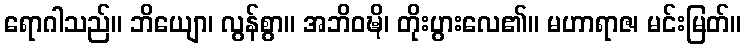
ရောဂါသည်။ ဘိယျော၊ လွန်စွာ။ အဘိဝဍ္ဎိ၊ တိုးပွားလေ၏။ မဟာရာဇ၊ မင်းမြတ်။